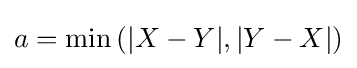
a=\min \left(|X-Y|,|Y-X|\right)